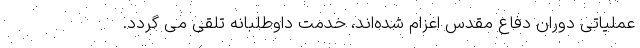
عملیاتی دوران دفاع مقدس اعزام شده‌اند، خدمت داوطلبانه تلقی می گردد.